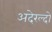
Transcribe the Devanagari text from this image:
अदेरल्दो